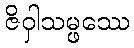
ဇိဝှါသမ္ဖဿေ